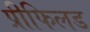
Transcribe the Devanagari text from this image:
प्रीफिलड